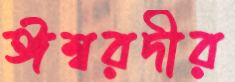
ঈশ্বরদীর